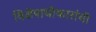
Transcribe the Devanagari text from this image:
विशेषाधीकारांची